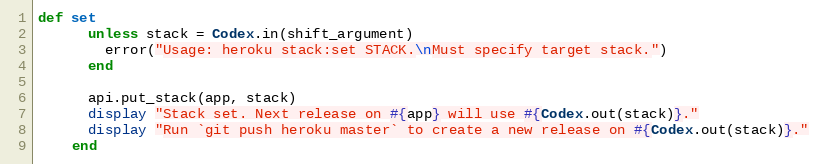
Language: Ruby
def set
      unless stack = Codex.in(shift_argument)
        error("Usage: heroku stack:set STACK.\nMust specify target stack.")
      end

      api.put_stack(app, stack)
      display "Stack set. Next release on #{app} will use #{Codex.out(stack)}."
      display "Run `git push heroku master` to create a new release on #{Codex.out(stack)}."
    end